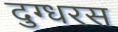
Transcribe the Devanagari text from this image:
दुग्धरस